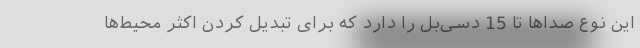
این نوع صداها تا 15 دسی‌بل را دارد که برای تبدیل کردن اکثر محیط‌ها